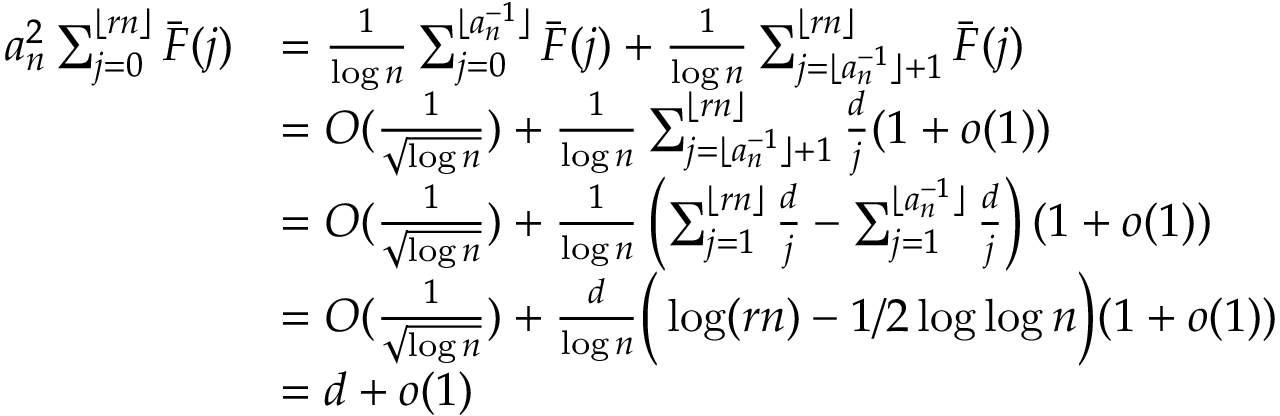
\begin{array} { r l } { a _ { n } ^ { 2 } \sum _ { j = 0 } ^ { \lfloor r n \rfloor } \bar { F } ( j ) } & { = \frac { 1 } { \log n } \sum _ { j = 0 } ^ { \lfloor a _ { n } ^ { - 1 } \rfloor } \bar { F } ( j ) + \frac { 1 } { \log n } \sum _ { j = \lfloor a _ { n } ^ { - 1 } \rfloor + 1 } ^ { \lfloor r n \rfloor } \bar { F } ( j ) } \\ & { = O ( \frac { 1 } { \sqrt { \log n } } ) + \frac { 1 } { \log n } \sum _ { j = \lfloor a _ { n } ^ { - 1 } \rfloor + 1 } ^ { \lfloor r n \rfloor } \frac { d } { j } ( 1 + o ( 1 ) ) } \\ & { = O ( \frac { 1 } { \sqrt { \log n } } ) + \frac { 1 } { \log n } \left( \sum _ { j = 1 } ^ { \lfloor r n \rfloor } \frac { d } { j } - \sum _ { j = 1 } ^ { \lfloor a _ { n } ^ { - 1 } \rfloor } \frac { d } { j } \right) ( 1 + o ( 1 ) ) } \\ & { = O ( \frac { 1 } { \sqrt { \log n } } ) + \frac { d } { \log n } \Big ( \log ( r n ) - 1 / 2 \log \log n \Big ) ( 1 + o ( 1 ) ) } \\ & { = d + o ( 1 ) } \end{array}